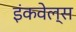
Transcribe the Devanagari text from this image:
इंकवेल्स